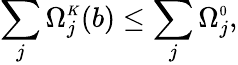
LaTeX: \sum_{j}\Omega_{j}^{\scriptscriptstyle K}(b)\leq\sum_{j}\Omega_{j}^{\scriptscriptstyle 0},